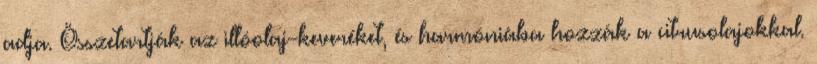
adja. Összetartják az illóolaj-keveréket, és harmóniába hozzák a citrusolajokkal.